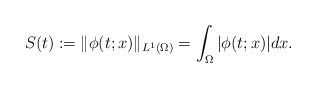
\begin{align*}S(t) := \|\phi(t;x)\|_{L^1(\Omega)} = \int_\Omega |\phi(t;x)|dx.\end{align*}